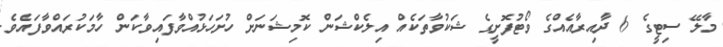
މާލޭ ސިޓީގެ 6 ދާއިރާއެއްގެ ވޯޓުފޮށީގެ ޝަކުވާތަކެއް އިލެކްޝަން ކޮމިޝަނަށް ހުށަހަޅުއްވާފައިވާކަން ހާމަކުރައްވާފައެވެ.